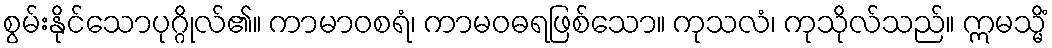
စွမ်းနိုင်သောပုဂ္ဂိုလ်၏။ ကာမာဝစရံ၊ ကာမဝဓရဖြစ်သော။ ကုသလံ၊ ကုသိုလ်သည်။ ဣမသ္မိံ